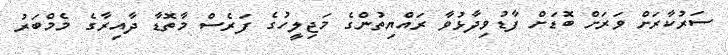
ސަރުކާރަށް ވަރަށް ބޮޑަށް ފާޑުވިދާޅުވާ ރައްޔިތުންގެ މަޖިލީހުގެ ފަރެސް މާތޮޑާ ދާއިރާގެ މެމްބަރު